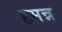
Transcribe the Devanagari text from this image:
हमन्न